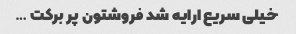
خیلی سریع ارایه شد فروشتون پر برکت …